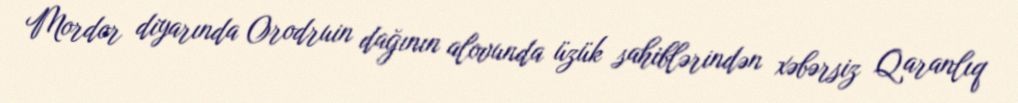
Mordor diyarında Orodruin dağının alovunda üzük sahiblərindən xəbərsiz Qaranlıq